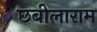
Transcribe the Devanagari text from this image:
छबीलाराम